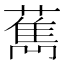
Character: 𦼱